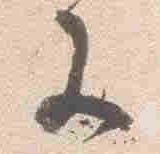
等